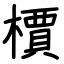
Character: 檟